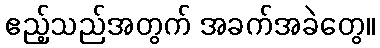
ဧည့်သည်အတွက် အခက်အခဲတွေ။